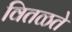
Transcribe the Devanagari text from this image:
वितळते